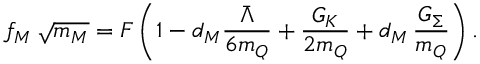
f _ { M } \, \sqrt { m _ { M } } = F \left( 1 - d _ { M } \frac { \bar { \Lambda } } { 6 m _ { Q } } + \frac { G _ { K } } { 2 m _ { Q } } + d _ { M } \, \frac { G _ { \Sigma } } { m _ { Q } } \right) .